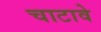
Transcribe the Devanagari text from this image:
चाटावे